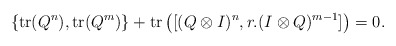
\begin{align*}\{\mathrm{tr}(Q^n),\mathrm{tr}(Q^m)\}+\mathrm{tr}\left([(Q\otimes I)^n,r.(I\otimes Q)^{m-1}]\right)=0.\end{align*}